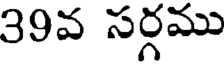
39వ సర్గము